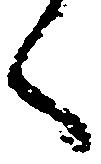
く